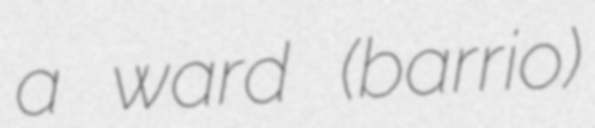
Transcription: a ward (barrio)